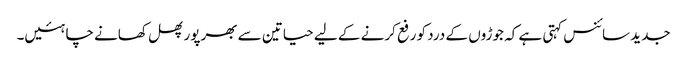
جدید سائنس کہتی ہے کہ جوڑوں کے درد کو رفع کرنے کے لیے حیاتین سے بھرپور پھل کھانے چاہئیں۔